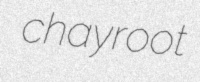
chayroot